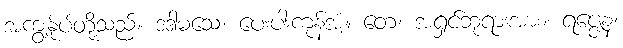
အကျွန်ုပ်တို့သည်။ ဒဒါမသေ၊ ပေးပါးကုန်အံ့။ တေ၊ အရှင်ဘုရားအား။ ရဇ္ဇေန၊